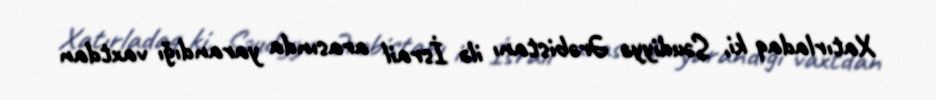
Xatırladaq ki, Səudiyyə Ərəbistanı ilə İsrail arasında yarandığı vaxtdan